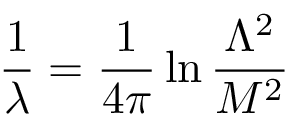
\frac { 1 } { \lambda } = \frac { 1 } { 4 \pi } \ln \frac { \Lambda ^ { 2 } } { M ^ { 2 } }